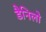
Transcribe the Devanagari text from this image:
डैनिलो